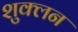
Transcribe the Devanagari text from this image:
शुक्लन